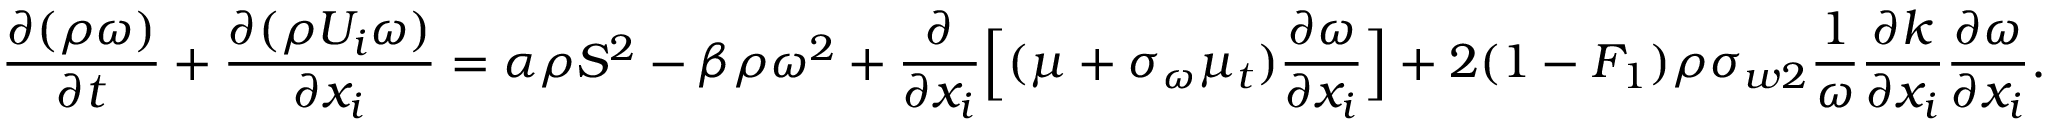
\frac { \partial ( \rho { \omega } ) } { \partial t } + \frac { \partial ( \rho { U _ { i } } \omega ) } { \partial x _ { i } } = \alpha \rho S ^ { 2 } - \beta \rho \omega ^ { 2 } + \frac { \partial } { \partial x _ { i } } \Big [ ( \mu + \sigma _ { \omega } \mu _ { t } ) \frac { \partial \omega } { \partial x _ { i } } \Big ] + 2 ( 1 - F _ { 1 } ) \rho \sigma _ { w 2 } \frac { 1 } { \omega } \frac { \partial k } { \partial x _ { i } } \frac { \partial \omega } { \partial x _ { i } } .